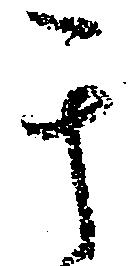
其